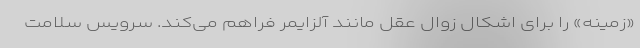
«زمینه» را برای اشکال زوال عقل مانند آلزایمر فراهم می‌کند. سرویس سلامت